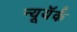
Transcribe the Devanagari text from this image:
न्यूयॅर्क